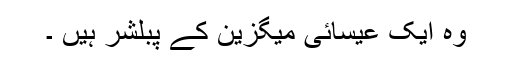
وہ ایک عیسائی میگزین کے پبلشر ہیں ۔